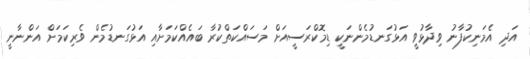
އަދި އެމަނިކުފާނު ވިދާޅުވީ އަޅުގަނޑުމެންނަކީ ޑިމޮކްރަސީއަށް މަސައްކަތްކުރާ ބައެއްކަމަށާއި އަޅުގަނޑުމެން ވެރިކަމަށް އަންނާނީ